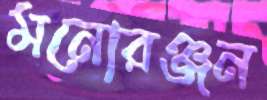
মনোরঞ্জন